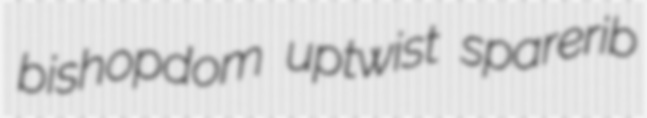
bishopdom uptwist sparerib